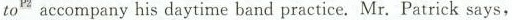
to^{p2}accompany his daytime band practice.Mr.Patrick says,